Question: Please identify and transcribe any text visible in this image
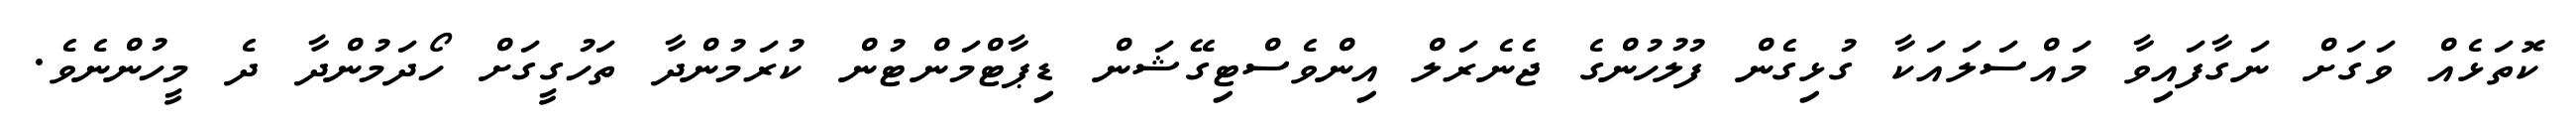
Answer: ކޮތަޅެއް ވަގަށް ނަގާފައިވާ މައްސަލައަކާ ގުޅިގެން ފުލުހުންގެ ޖެނެރަލް އިންވެސްޓިގޭޝަން ޑިޕާޓްމަންޓުން ކުރަމުންދާ ތަހުގީގަށް ހޯދަމުންދާ ދެ މީހުންނެވެ.